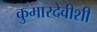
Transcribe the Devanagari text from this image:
कुमारदेवीशी